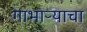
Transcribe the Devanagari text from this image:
गाभाऱ्याचा